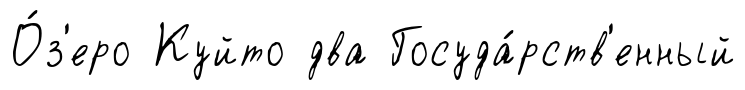
О́з'еро Куйто два Госуда́рств'енный